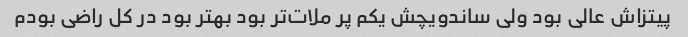
پیتزاش عالی بود ولی ساندویچش یکم پر ملات‌تر بود بهتر بود در کل راضی بودم